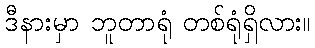
ဒီနားမှာ ဘူတာရုံ တစ်ရုံရှိလား။